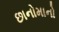
છાનોમાનો